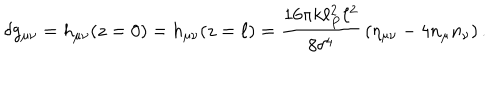
\delta g _ { \mu \nu } = h _ { \mu \nu } ( z = 0 ) = h _ { \mu \nu } ( z = \ell ) = { \frac { 1 6 \pi k \ell _ { P } ^ { 2 } \ell ^ { 2 } } { 8 \delta ^ { 4 } } } \left( \eta _ { \mu \nu } - 4 n _ { \mu } n _ { \nu } \right) .